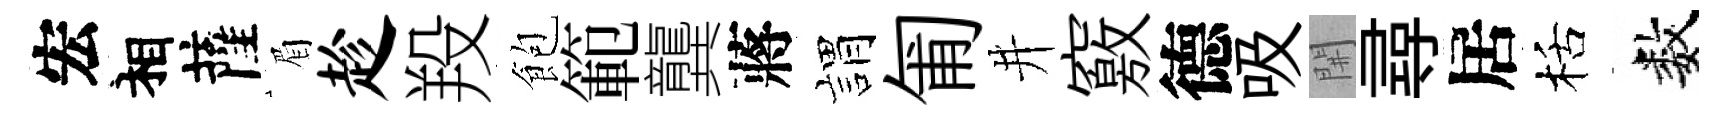
宏相薩眉趁羖飽範龔蔣娟匍井竅德吸𨳩尋居栝数